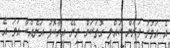
އެ އަމުރު ވަރަށް ކުއްލި ގޮތަކަށް މިރޭ އިރާކޮޅު އަނެއްކާ އަމަ އެ